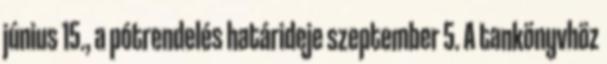
június 15., a pótrendelés határideje szeptember 5. A tankönyvhöz